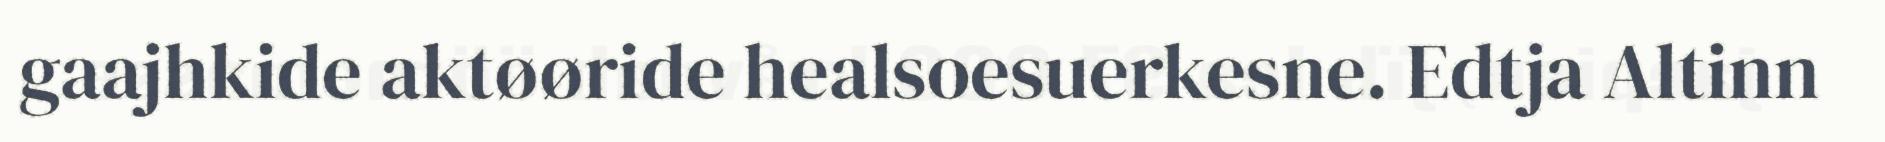
gaajhkide aktøøride healsoesuerkesne. Edtja Altinn